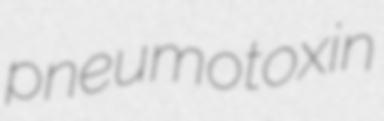
pneumotoxin